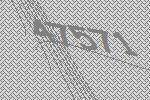
47571